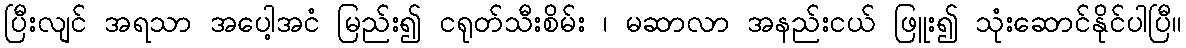
ပြီးလျင် အရသာ အပေါ့အငံ မြည်း၍ ငရုတ်သီးစိမ်း ၊ မဆာလာ အနည်းငယ် ဖြူး၍ သုံးဆောင်နိုင်ပါပြီ။